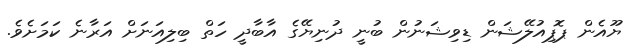
ޔޫއެން ޕޮޕިއުލޭޝަން ޑިވިޝަނުން ބުނީ ދުނިޔޭގެ އާބާދީ ހަތް ބިލިއަނަށް އަރާނެ ކަމަށެވެ.